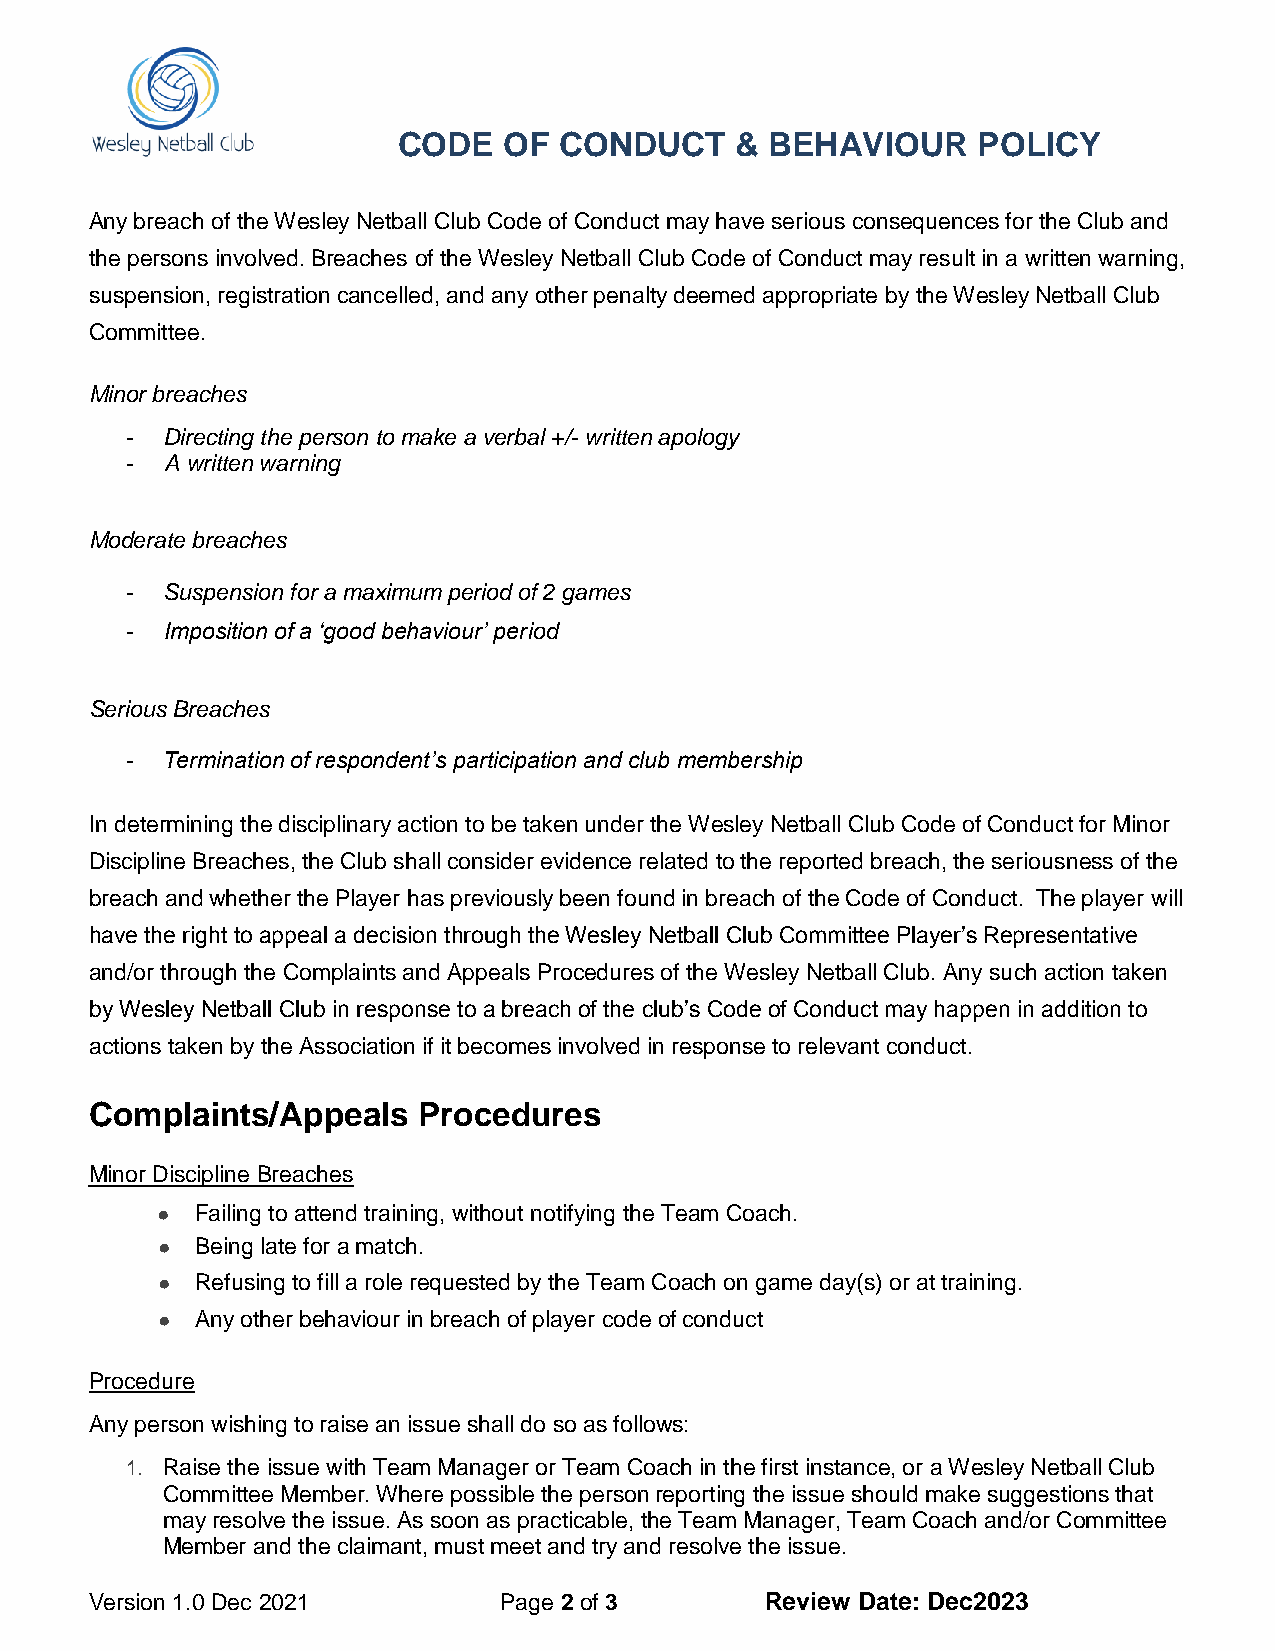
CODE   OF  CONDUCT     & BEHAVIOUR     POLICY
 Any breach of the Wesley Netball Club Code of Conduct may have serious consequences for the Club and
 the persons involved. Breaches of the Wesley Netball Club Code of Conduct may result in a written warning,
 suspension, registration cancelled, and any other penalty deemed appropriate by the Wesley Netball Club
 Committee.
 Minor breaches
 -  Directing the person to make a verbal +/- written apology
 -  A written warning
 Moderate breaches
 -  Suspension for a maximum period of 2 games
 -  Imposition of a ‘good behaviour’ period
 Serious Breaches
 -  Termination of respondent’s participation and club membership
 In determining the disciplinary action to be taken under the Wesley Netball Club Code of Conduct for Minor
 Discipline Breaches, the Club shall consider evidence related to the reported breach, the seriousness of the
 breach and whether the Player has previously been found in breach of the Code of Conduct. The player will
 have the right to appeal a decision through the Wesley Netball Club Committee Player’s Representative
 and/or through the Complaints and Appeals Procedures of the Wesley Netball Club. Any such action taken
 by Wesley Netball Club in response to a breach of the club’s Code of Conduct may happen in addition to
 actions taken by the Association if it becomes involved in response to relevant conduct.
 Complaints/Appeals    Procedures
 Minor Discipline Breaches
 ●  Failing to attend training, without notifying the Team Coach.
 ●  Being late for a match.
 ●  Refusing to fill a role requested by the Team Coach on game day(s) or at training.
 ●  Any other behaviour in breach of player code of conduct
 Procedure
 Any person wishing to raise an issue shall do so as follows:
 1. Raise the issue with Team Manager or Team Coach in the first instance, or a Wesley Netball Club
 Committee Member. Where possible the person reporting the issue should make suggestions that
 may resolve the issue. As soon as practicable, the Team Manager, Team Coach and/or Committee
 Member and the claimant, must meet and try and resolve the issue.
 Version 1.0 Dec 2021       Page 2 of 3       Review Date: Dec2023